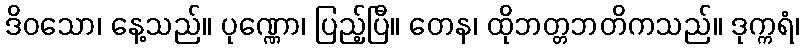
ဒိဝသော၊ နေ့သည်။ ပုဏ္ဏော၊ ပြည့်ပြီ။ တေန၊ ထိုဘတ္တဘတိကသည်။ ဒုက္ကရံ၊